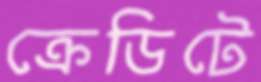
ক্রেডিটে